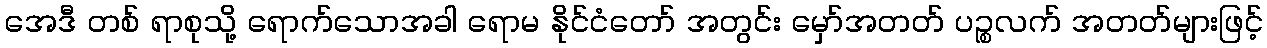
အေဒီ တစ် ရာစုသို့ ရောက်သောအခါ ရောမ နိုင်ငံတော် အတွင်း မှော်အတတ် ပဉ္စလက် အတတ်များဖြင့်